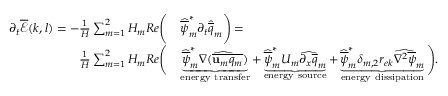
\begin{array} { r l } { \partial _ { t } \overline { { \mathcal { E } } } ( k , l ) = - \frac { 1 } { H } \sum _ { m = 1 } ^ { 2 } H _ { m } R e \Bigg ( } & { \widehat { \overline { { \psi } } } _ { m } ^ { * } \partial _ { t } \widehat { \overline { { q } } } _ { m } \Bigg ) = } \\ { \frac { 1 } { H } \sum _ { m = 1 } ^ { 2 } H _ { m } R e \Bigg ( } & { \underbrace { \widehat { \overline { { \psi } } } _ { m } ^ { * } \widehat { \nabla ( \overline { { \mathbf { u } _ { m } q _ { m } } } ) } } _ { \mathrm { e n e r g y ~ t r a n s f e r } } + \underbrace { \widehat { \overline { { \psi } } } _ { m } ^ { * } U _ { m } \widehat { \partial _ { x } \overline { { q } } } _ { m } } _ { \mathrm { e n e r g y ~ s o u r c e } } + \underbrace { \widehat { \overline { { \psi } } } _ { m } ^ { * } \delta _ { m , 2 } r _ { e k } \widehat { \nabla ^ { 2 } \overline { { \psi } } } _ { m } } _ { \mathrm { e n e r g y ~ d i s s i p a t i o n } } \Bigg ) . } \end{array}